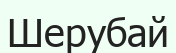
Шерубай